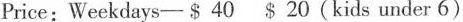
Price: Weekdays——$ 40 20 (kids under 6)